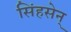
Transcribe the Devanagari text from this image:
सिंहसेन्